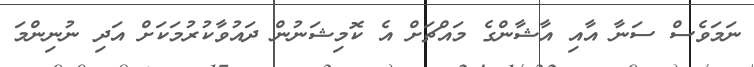
ނަމަވެސް ސަނާ އާއި އާޝާންގެ މައްޗަށް އެ ކޮމިޝަނުން ދައުވާކުރުމަކަށް އަދި ނުނިންމަ